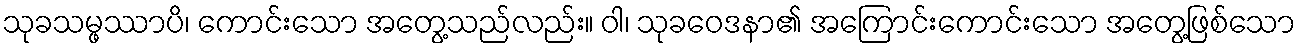
သုခသမ္ဖဿာပိ၊ ကောင်းသော အတွေ့သည်လည်း။ ဝါ၊ သုခဝေဒနာ၏ အကြောင်းကောင်းသော အတွေ့ဖြစ်သော